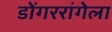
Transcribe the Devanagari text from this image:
डोंगररांगेला